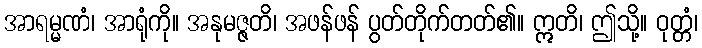
အာရမ္မဏံ၊ အာရုံကို။ အနုမဇ္ဇတိ၊ အဖန်ဖန် ပွတ်တိုက်တတ်၏။ ဣတိ၊ ဤသို့။ ဝုတ္တံ၊